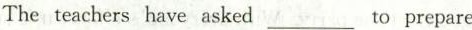
The teachers have asked___to prepare